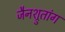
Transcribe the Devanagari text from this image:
जैनश्रुतांग